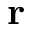
\mathbf { r }